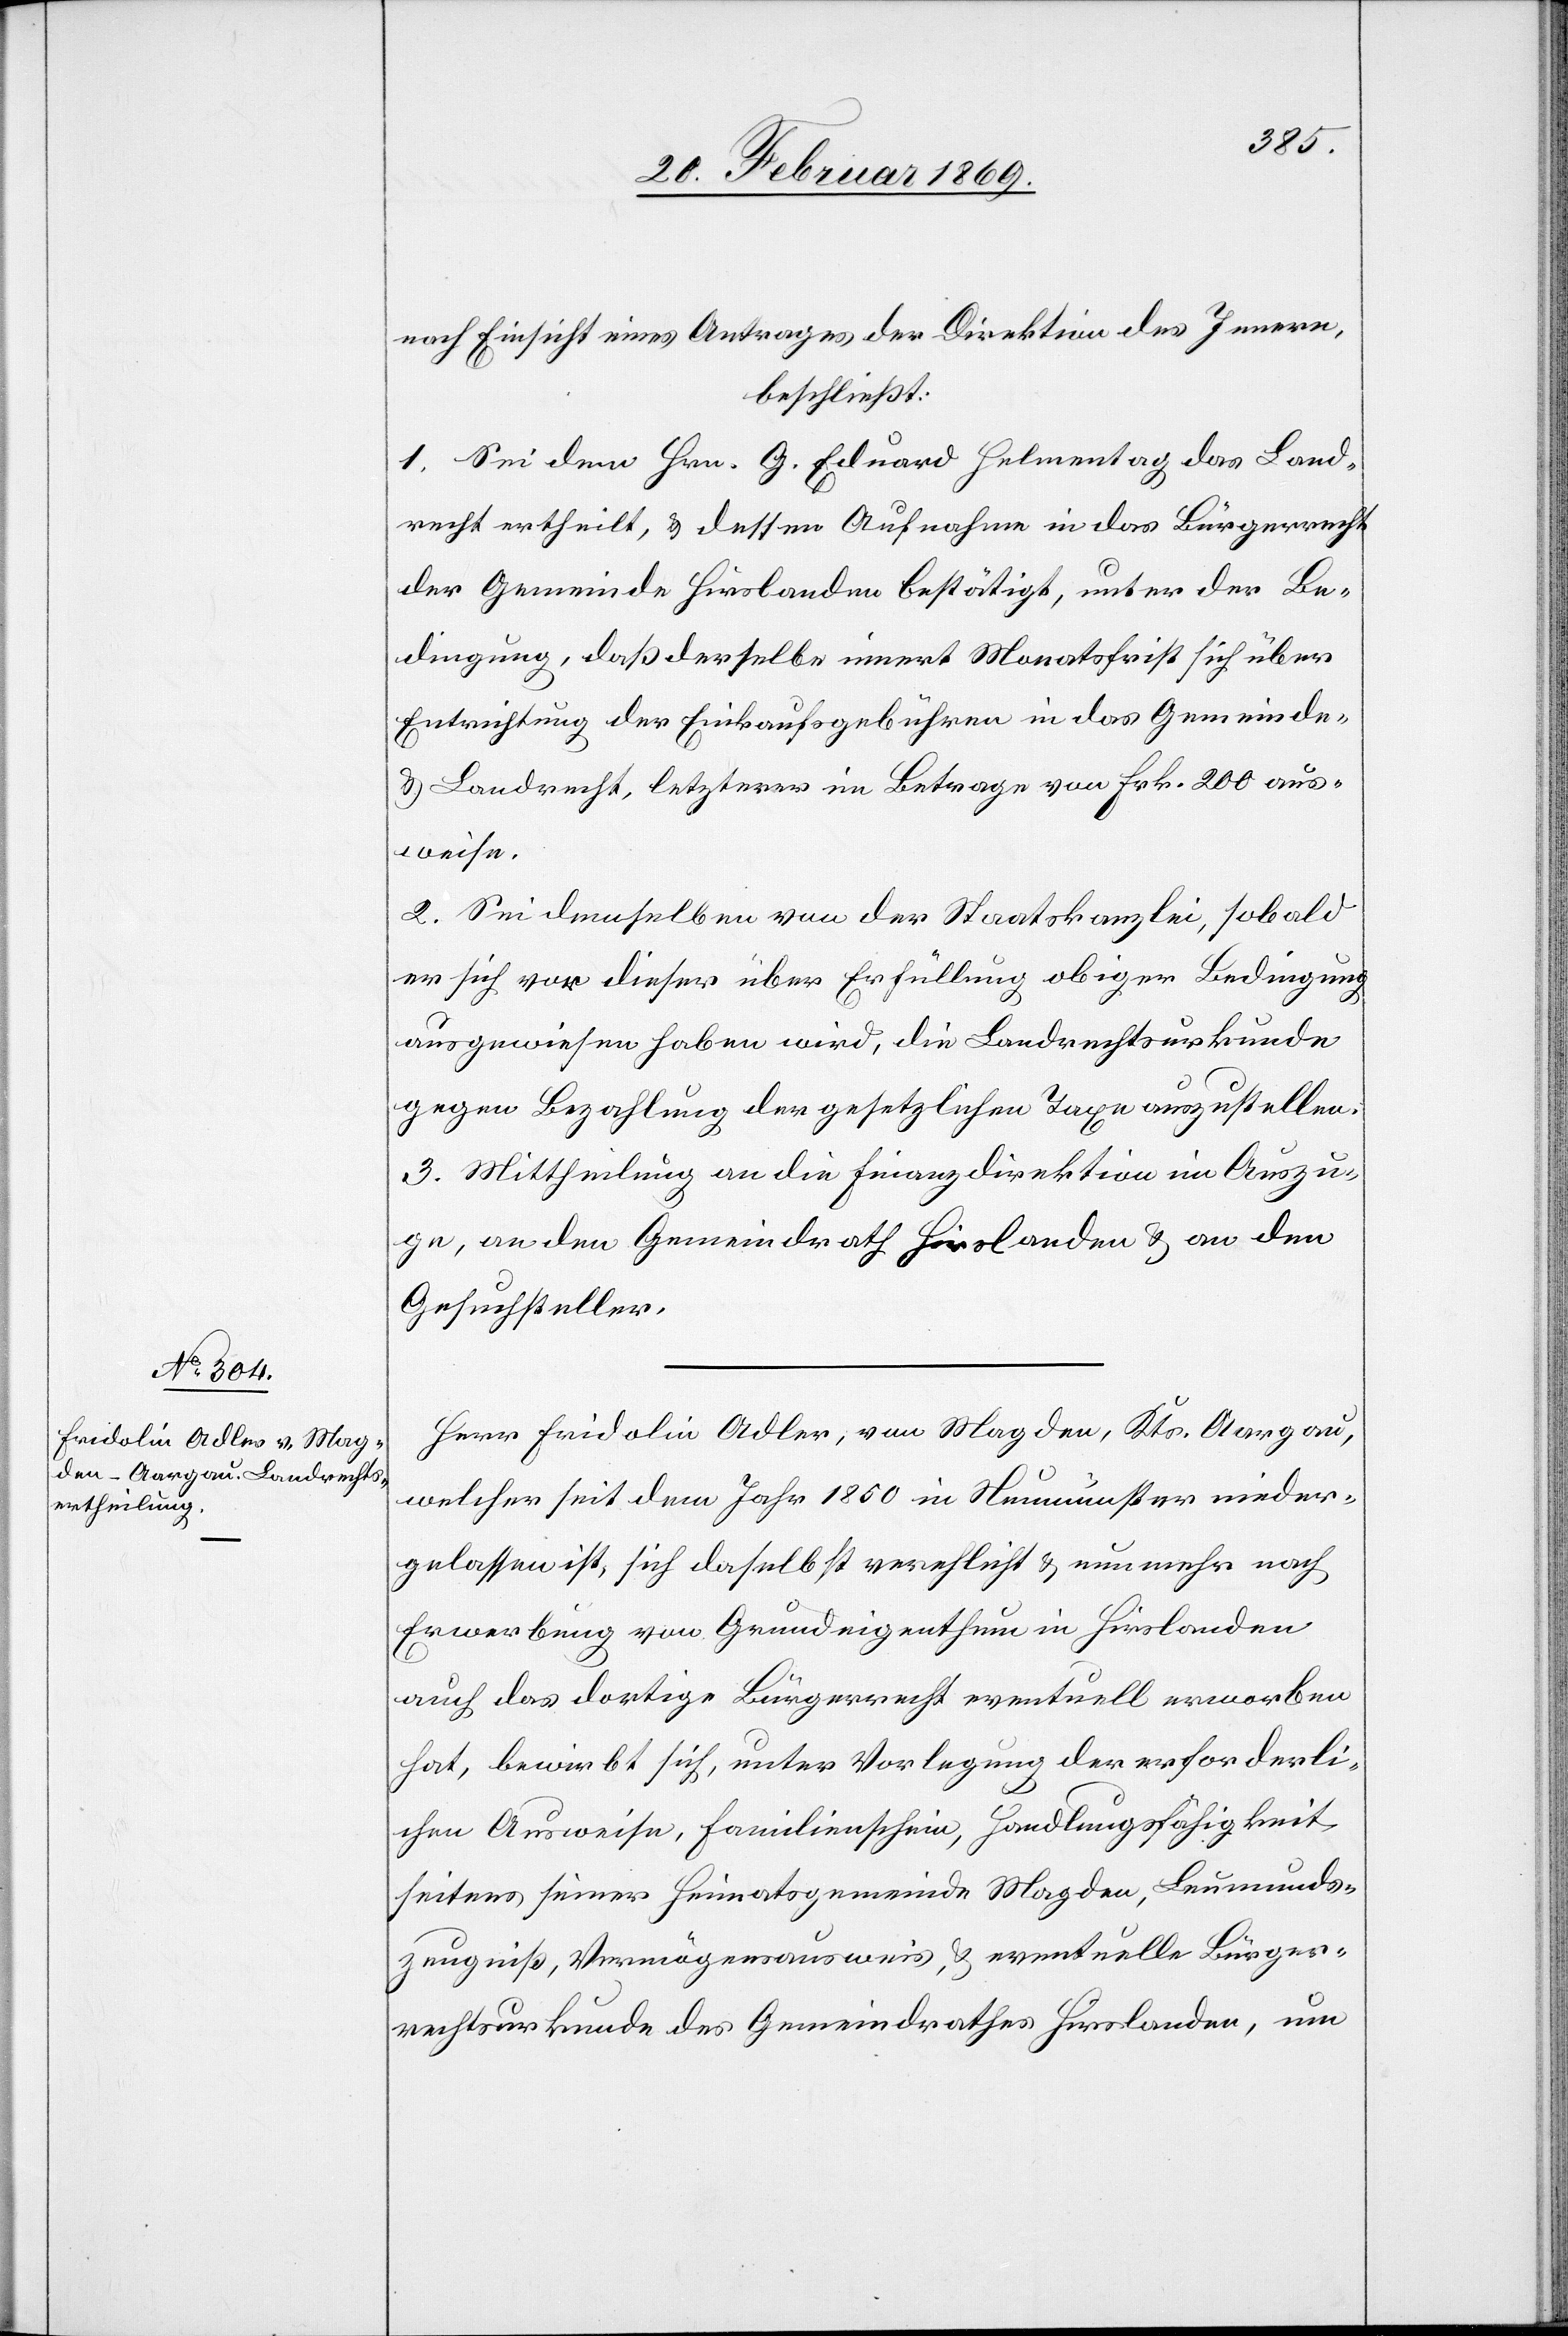
nach Einsicht eines Antrages der Direktion des Innern,
beschließt:
1. Sei dem Hrn. G. Eduard Helmentag das Land¬
recht ertheilt, & dessen Aufnahme in das Bürgerrecht
der Gemeinde Hirslanden bestätigt, unter der Be¬
dingung, daß derselbe innert Monatsfrist sich über
Entrichtung der Einkaufsgebühren in das Gemeinde-
& Landrecht, letzterer im Betrage von Frk. 200 aus¬
weise.
2. Sei demselben von der Staatskanzlei, sobald
er sich vor dieser über Erfüllung obiger Bedingung
ausgewiesen haben wird, die Landrechtsurkunde
gegen Bezahlung der gesetzlichen Taxe auszustellen.
3. Mittheilung an die Finanzdirektion im Auszu¬
ge, an den Gemeindrath Hirslanden & an den
Gesuchsteller.
Herr Fridolin Adler, von Magden, Kts. Aargau,
welcher seit dem Jahr 1850 in Neumünster nieder¬
gelassen ist, sich daselbst verehlicht & nunmehr nach
Erwerbung von Grundeigenthum in Hirslanden
auch das dortige Bürgerrecht eventuell erworben
hat, bewirbt sich, unter Vorlegung der erforderli¬
chen Ausweise, Familienschein, Handlungsfähigkeit
seitens seiner Heimatsgemeinde Magden, Leumunds¬
zeugniß, Vermögensausweis, & eventuelle Bürger¬
rechtsurkunde des Gemeindrathes Hirslanden, um